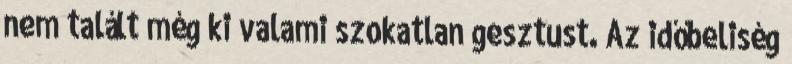
nem talált még ki valami szokatlan gesztust. Az időbeliség